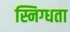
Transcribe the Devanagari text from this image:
स्निग्‍धता